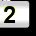
Digit: 2